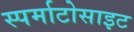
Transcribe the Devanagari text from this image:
स्पर्माटोसाइट